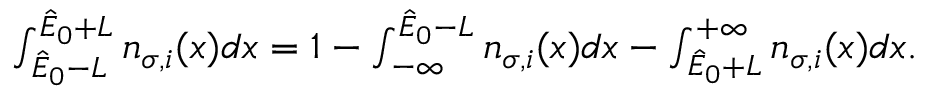
\begin{array} { r } { \int _ { \hat { E } _ { 0 } - L } ^ { \hat { E } _ { 0 } + L } n _ { \sigma , i } ( x ) d x = 1 - \int _ { - \infty } ^ { \hat { E } _ { 0 } - L } n _ { \sigma , i } ( x ) d x - \int _ { \hat { E } _ { 0 } + L } ^ { + \infty } n _ { \sigma , i } ( x ) d x . } \end{array}